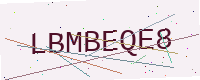
Text: LBMBEQE8